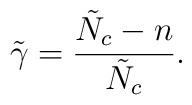
\tilde{\gamma} = \frac{\tilde{N}_c-n}{\tilde{N}_c}.